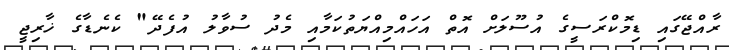
ރާއްޖޭގައި ޑިމޮކްރަސީގެ އުސޫލަށް އޮތް އަހައްމިއްޔަތުކަމާއި މެދު ސުވާލު އުފެދޭ" ކެނެޑާގެ ޚާރިޖީ